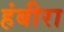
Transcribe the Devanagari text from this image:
हंबीरा